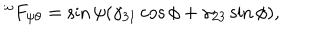
LaTeX: ^ { \omega } F _ { \psi \theta } = \sin \psi ( \gamma _ { 3 1 } \cos \phi + \gamma _ { 2 3 } \sin \phi ) ,